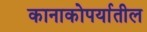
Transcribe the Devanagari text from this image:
कानाकोपर्यातील